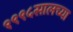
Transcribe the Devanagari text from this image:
१९९५सालच्या